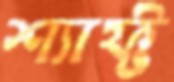
শ্যাফ্ট